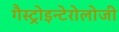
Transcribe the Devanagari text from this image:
गैस्ट्रोइन्टेरोलोजी